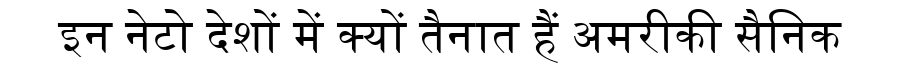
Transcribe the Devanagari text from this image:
इन नेटो देशों में क्यों तैनात हैं अमरीकी सैनिक